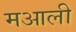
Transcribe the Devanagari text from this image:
मआली